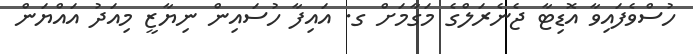
ހުސްވެފައިވާ އޮޑިޓާ ޖެނެރަލްގެ މަގާމަށް ގ. އައިފާ ހުސައިން ނިޔާޒީ މިއަދު އައްޔަން